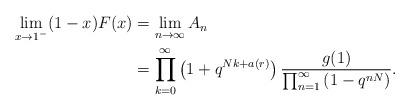
LaTeX: \begin{align*}\begin{aligned}\lim_{x \rightarrow 1^-} (1-x) F(x) &= \lim_{n \rightarrow \infty} A_n\\&= \prod_{k=0}^{\infty} \left( 1 +q^{Nk+a(r)} \right) \frac{g(1)}{\prod_{n=1}^{\infty}\left(1-q^{nN}\right)}.\end{aligned}\end{align*}